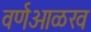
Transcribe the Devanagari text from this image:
वर्णओळख